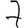
Digit: 7